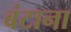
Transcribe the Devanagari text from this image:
बंटाना